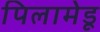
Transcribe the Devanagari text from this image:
पिलामेडू